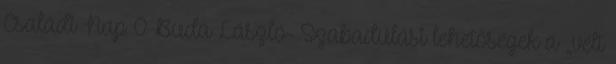
Családi Nap 0 Buda László- Szabadulási lehetőségek a „vélt